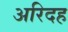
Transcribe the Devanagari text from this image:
अरिदह